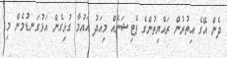
ދެން އޭގެ އިތުރުން ރައްޔިތުންގެ ޕެޓިޝަނެއް މިއަދު އައުމާ ގުޅިގެން އަޅުގަނޑުމެން މި